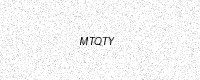
Text: MTQTY